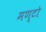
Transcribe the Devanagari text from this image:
मण्टो